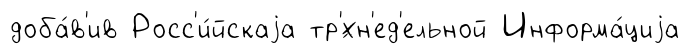
доба́в'ив Росс'и́йскаjа тр'́хн'ед'ельной Информа́циjа